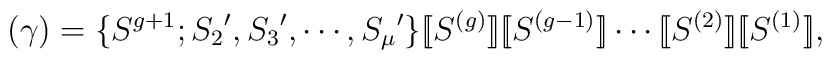
(\gamma)=\{S^{g+1};{S_2}',{S_3}',\cdots,{S_\mu}'\}[\hspace{-0.7mm}[S^{(g)}]\hspace{-0.7mm}][\hspace{-0.7mm}[S^{(g-1)}]\hspace{-0.7mm}]\cdots[\hspace{-0.7mm}[S^{(2)}]\hspace{-0.7mm}][\hspace{-0.7mm}[S^{(1)}]\hspace{-0.7mm}],